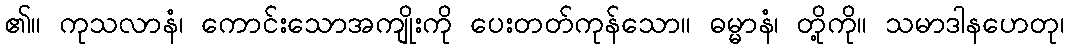
၏။ ကုသလာနံ၊ ကောင်းသောအကျိုးကို ပေးတတ်ကုန်သော။ ဓမ္မာနံ၊ တို့ကို။ သမာဒါနဟေတု၊